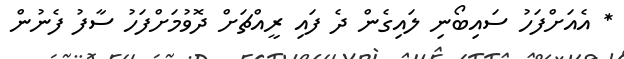
* އެއަށްފަހު ސައިބޯނި ލައިގެން ދެ ފައި ރީއްޗަށް ދޮވުމަށްފަހު ސާފު ފެނުން